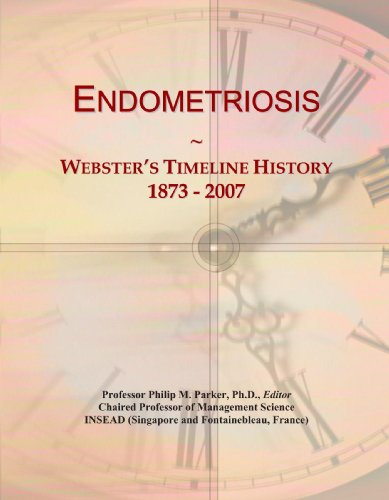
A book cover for Endometriosis: Webster's Timeline History, 1873 - 2007; Icon Group International; Health, Fitness & Dieting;